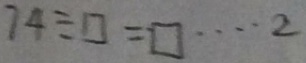
7 4 \div \square = \square \cdots 2